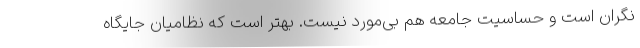
نگران است و حساسیت جامعه هم بی‌مورد نیست. بهتر است که نظامیان جایگاه